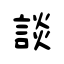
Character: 談